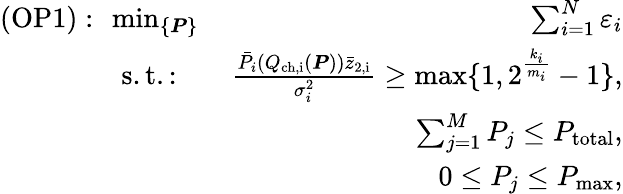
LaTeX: \begin{array}{rlr}{(\mathrm{OP1}):}&{\! \! {\operatorname*{min}_{\{ \boldsymbol{P}\} }}\, }&{\sum_{i=1}^{N}\varepsilon_{i}}\\ &{\mathrm{s.t.:}}&{\frac{{\bar{P}_{i}}(Q_{\mathrm{{ch,}i}}(\boldsymbol{P}))\bar{z}_{\mathrm{2,i}}}{\sigma_{i}^{2}}\geq\operatorname*{max}\{ 1,2^{\frac{k_{i}}{m_{i}}}-1\} ,}\\ &{\! \! }&{\sum_{j=1}^{M}P_{j}\leq P_{\mathrm{total}},}\\ &{\! \! }&{0\leq P_{j}\leq P_{\mathrm{max}},}\end{array}